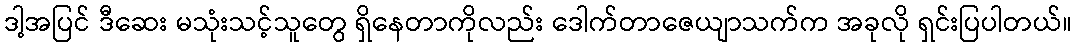
ဒါ့အပြင် ဒီဆေး မသုံးသင့်သူတွေ ရှိနေတာကိုလည်း ဒေါက်တာဇေယျာသက်က အခုလို ရှင်းပြပါတယ်။